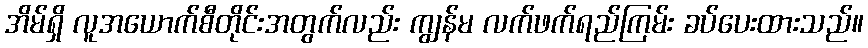
အိမ်ရှိ လူအယောက်စီတိုင်းအတွက်လည်း ကျွန်မ လက်ဖက်ရည်ကြမ်း ခပ်ပေးထားသည်။